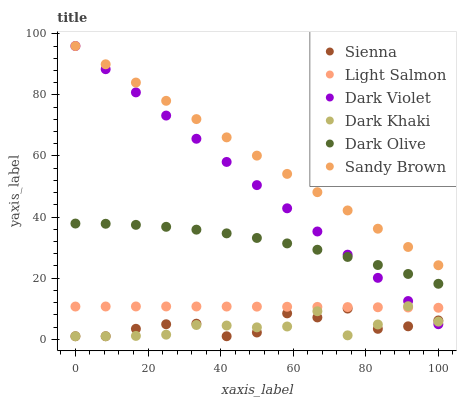
| xaxis_label | Sienna | Light Salmon | Dark Violet | Dark Khaki | Dark Olive | Sandy Brown |
 | --- | --- | --- | --- | --- | --- | --- |
 | 0 | 1 | 10.7 | 96 | 1 | 37.9 | 96 |
 | 8.33 | 1 | 10.7 | 88.4 | 1 | 37.8 | 90 |
 | 16.7 | 3.44 | 10.8 | 80.8 | 1.11 | 37.5 | 84 |
 | 25 | 4.93 | 10.8 | 73.2 | 1.52 | 36.8 | 78.1 |
 | 33.3 | 5.11 | 10.7 | 65.6 | 4.68 | 35.9 | 72.1 |
 | 41.7 | 1 | 10.7 | 58.1 | 4.51 | 34.7 | 66.1 |
 | 50 | 2.23 | 10.7 | 50.5 | 3.91 | 33.2 | 60.1 |
 | 58.3 | 8.49 | 10.7 | 42.9 | 4.19 | 31.4 | 54.1 |
 | 66.7 | 7.16 | 10.6 | 35.3 | 9.19 | 29.3 | 48.2 |
 | 75 | 10.1 | 10.6 | 27.7 | 1.3 | 27 | 42.2 |
 | 83.3 | 3.43 | 10.5 | 20.1 | 4.86 | 24.3 | 36.2 |
 | 91.7 | 4.25 | 10.4 | 12.5 | 10.8 | 21.4 | 30.2 |
 | 100 | 6.17 | 10.3 | 4.94 | 5.8 | 18.2 | 24.2 |